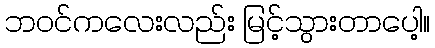
ဘဝင်ကလေးလည်း မြင့်သွားတာပေါ့။